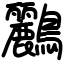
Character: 鸝